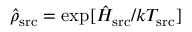
\hat { \rho } _ { \mathrm { s r c } } = \exp [ \hat { H } _ { \mathrm { s r c } } / k T _ { \mathrm { s r c } } ]